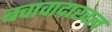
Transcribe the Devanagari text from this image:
बचावादाखल